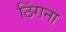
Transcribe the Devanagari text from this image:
ठिंगना